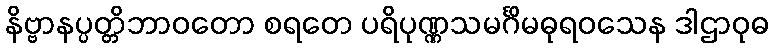
နိဗ္ဗာနပ္ပတ္တိဘာဝတော စရတေ ပရိပုဏ္ဏသမင်္ဂိမဓုရဝသေန ဒါဌာဝုဓ